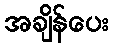
အချိန်ပေး